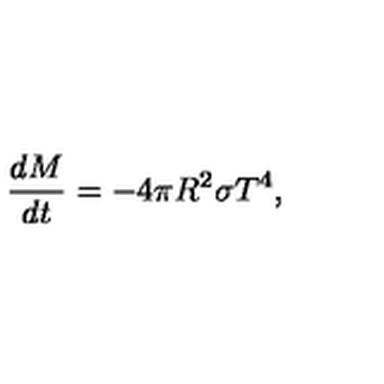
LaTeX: { \frac { d M } { d t } } = - 4 \pi R ^ { 2 } \sigma T ^ { 4 } ,